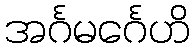
အင်္ဂမင်္ဂေဟိ